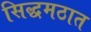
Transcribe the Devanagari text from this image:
सिद्धमठात